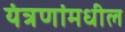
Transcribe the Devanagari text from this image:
यंत्रणांमधील